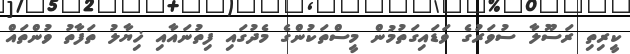
ކީރިތި ރަސޫލާ ސުވަރުގެ ވަޑައިގަތުމުން މީސްތަކުންގެ މެދުގައި ފިތުނައާއި ޚިޔާލު ތަފާތު ވުންތައް